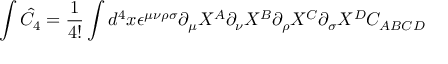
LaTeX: \int \hat { C } _ { 4 } = \frac { 1 } { 4 ! } \int d ^ { 4 } x \epsilon ^ { \mu \nu \rho \sigma } \partial _ { \mu } X ^ { A } \partial _ { \nu } X ^ { B } \partial _ { \rho } X ^ { C } \partial _ { \sigma } X ^ { D } C _ { A B C D }